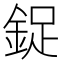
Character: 鋜